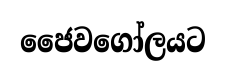
ජෛවගෝලයට